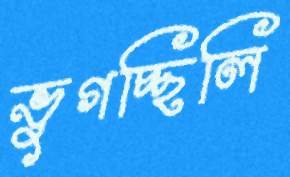
ভুগচ্ছিলি